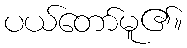
ပယ်တော်မူ၏။